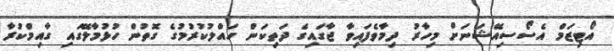
އޯޓިޒަމް އެސޯސިއޭޝަނަށް މިހާރު ދިމާވެފައިވާ ޖާގައިގެ ދަތިކަން ހައްލުކުރުމުގެ ގޮތުން ހުޅުމާލޭގައި ގާއިމްކުރާ